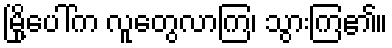
မြို့ပေါ်က လူတွေလာကြ၊ သွားကြ၏။